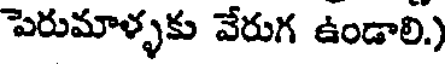
పెరుమాళ్ళకు వేరుగ ఉండాలి.)